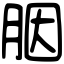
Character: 胭